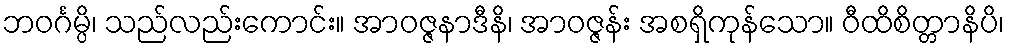
ဘဝင်္ဂမ္ပိ၊ သည်လည်းကောင်း။ အာဝဇ္ဇနာဒီနိ၊ အာဝဇ္ဇန်း အစရှိကုန်သော။ ဝီထိစိတ္တာနိပိ၊